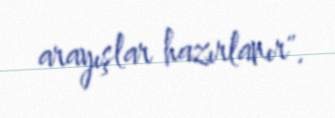
arayışlar hazırlanır".